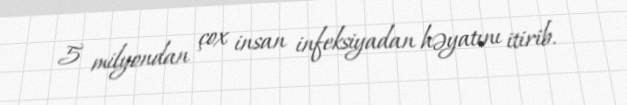
5 milyondan çox insan infeksiyadan həyatını itirib.